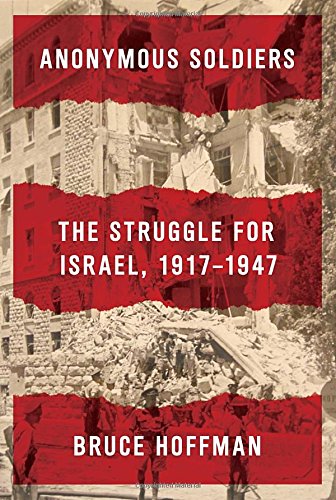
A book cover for Anonymous Soldiers: The Struggle for Israel, 1917-1947; Bruce Hoffman; History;